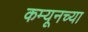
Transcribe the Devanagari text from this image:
कम्यूनच्या